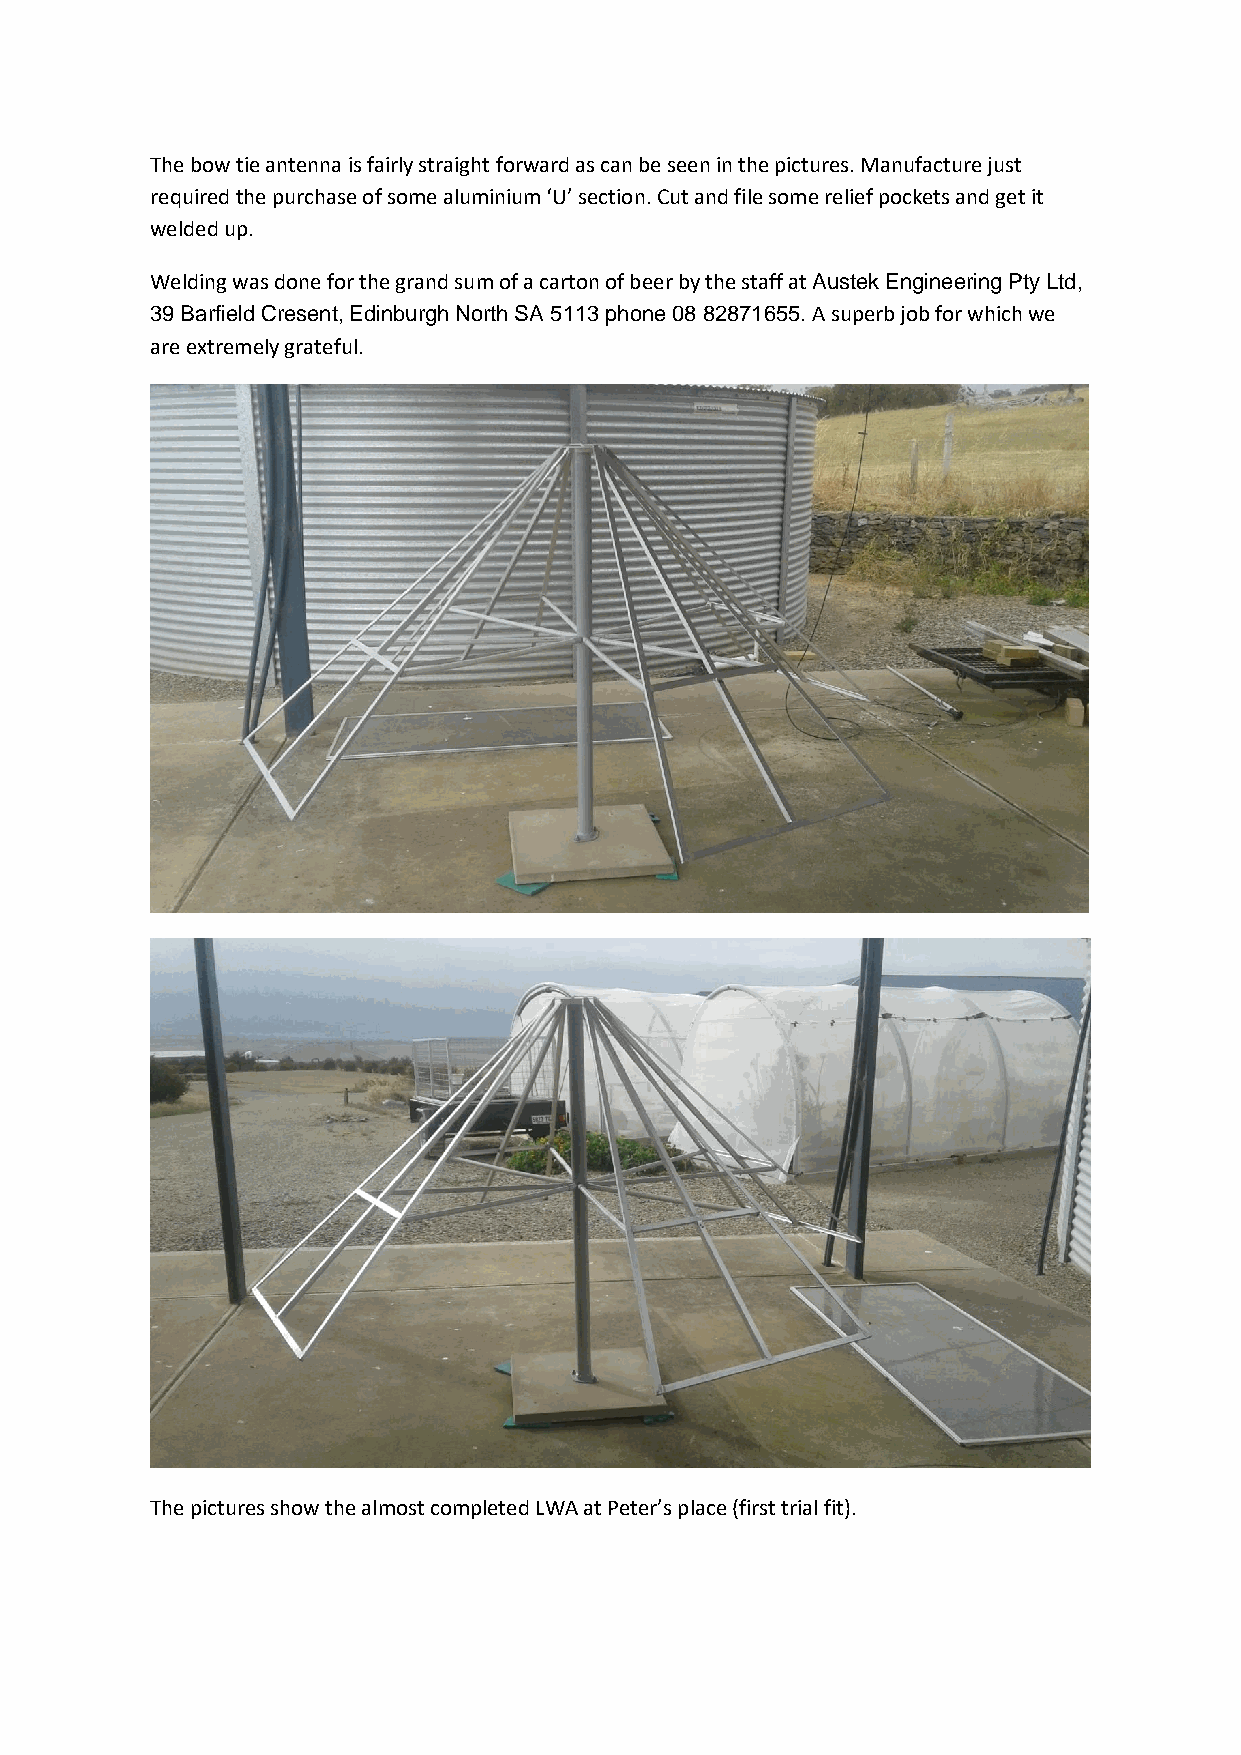
The bow tie antenna is fairly straight forward as can be seen in the pictures. Manufacture just
 required the purchase of some aluminium ‘U’ section. Cut and file some relief pockets and get it
 welded up.
 Welding was done for the grand sum of a carton of beer by the staff at Austek Engineering Pty Ltd,
 39 Barfield Cresent, Edinburgh North SA 5113 phone 08 82871655. A superb job for which we
 are extremely grateful.
 The pictures show the almost completed LWA at Peter’s place (first trial fit).